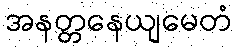
အနတ္တနေယျမေတံ